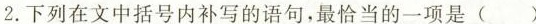
2.下列在文中括号内补写的语句，最恰当的一项是( )